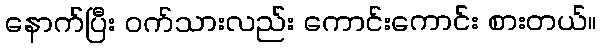
နောက်ပြီး ဝက်သားလည်း ကောင်းကောင်း စားတယ်။